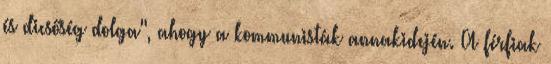
és dicsőség dolga", ahogy a kommunisták annakidején. A férfiak